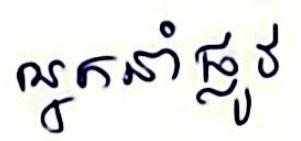
អ្នកនាំផ្លូវ